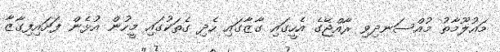
މައުލޫމާތު މުއްސަނދިވި ރާއްޖޭގެ އެހީގައި ގާޒާގައި ހެދި ގެތަކުގައި މީހުން އުޅެން ފަށައިފިގާޒާ